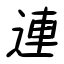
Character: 連